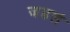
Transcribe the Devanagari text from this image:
जडलं